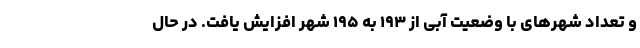
و تعداد شهرهای با وضعیت آبی از ۱۹۳ به ۱۹۵ شهر افزایش یافت. در حال